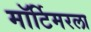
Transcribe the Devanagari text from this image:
मॉर्टिमरला